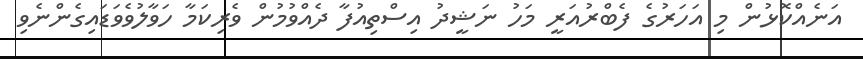
އަނެއްކޮޅުން މި އަހަރުގެ ފެބްރުއަރީ މަހު ނަޝީދު އިސްތިއުފާ ދެއްވުމުން ވެރިކަމާ ހަވާލުވެވަޑައިގެންނެވި